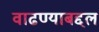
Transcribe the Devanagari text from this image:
वाढण्याबद्दल